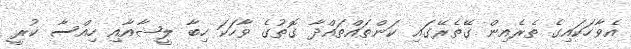
އެވާހަކައިގެ ތެރެއިން ގޭތެރޭގައި ކަންތައްތައްދާ ގޮތުގެ ވާހަކަ ހިބާ ލީޝާއާއި ހިއްސާ ކުރީ